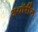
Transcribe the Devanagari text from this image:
अथॉरींग